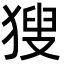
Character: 獀